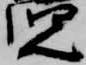
児